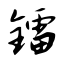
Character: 镭